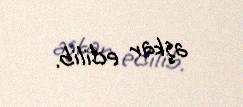
aşkar edilib.